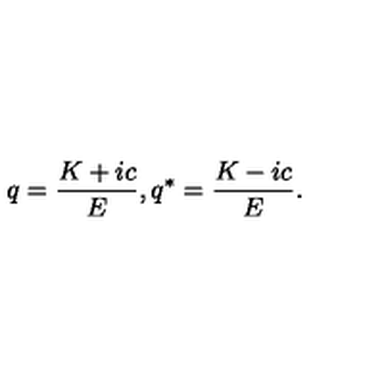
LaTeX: q = \frac { K + i c } { E } , q ^ { * } = \frac { K - i c } { E } .